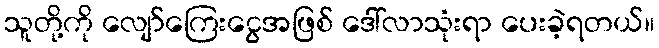
သူတို့ကို လျော်ကြေးငွေအဖြစ် ဒေါ်လာသုံးရာ ပေးခဲ့ရတယ်။